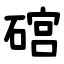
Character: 䃔